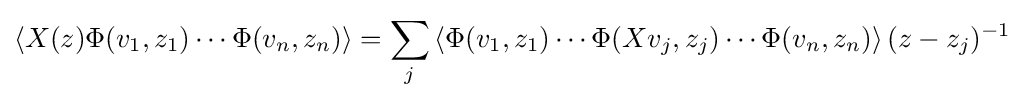
\left\langle X(z)\Phi (v_{1},z_{1})\cdots \Phi (v_{n},z_{n})\right\rangle =\sum _{j}\left\langle \Phi (v_{1},z_{1})\cdots \Phi (Xv_{j},z_{j})\cdots \Phi (v_{n},z_{n})\right\rangle (z-z_{j})^{-1}